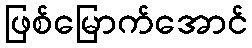
ဖြစ်မြောက်အောင်